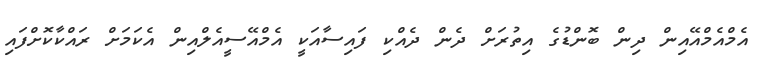
އެމްއެމްއޭއިން ދިން ބޮންޑުގެ އިތުރަށް ދެން ދެއްކި ފައިސާއަކީ އެމްއޭސީއެލްއިން އެކަމަށް ރައްކާކޮށްފައި